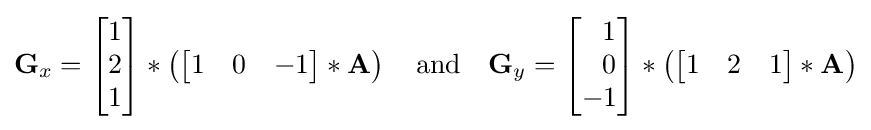
\mathbf {G} _{x}={\begin{bmatrix}1\\2\\1\end{bmatrix}}*\left({\begin{bmatrix}1&0&-1\end{bmatrix}}*\mathbf {A} \right)\quad {\mbox{and}}\quad \mathbf {G} _{y}={\begin{bmatrix}\ \ 1\\\ \ 0\\-1\end{bmatrix}}*\left({\begin{bmatrix}1&2&1\end{bmatrix}}*\mathbf {A} \right)